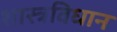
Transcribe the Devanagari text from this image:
शास्त्रविधान